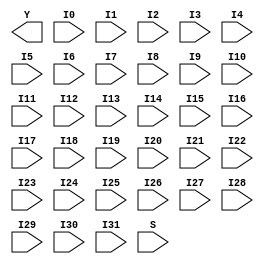
// Name: mux.v
// Module: 
// Input: 
// Output: 
//
// Notes: Common definitions
// 
//
// Revision History:
//
// Version	Date		Who		email			note
//------------------------------------------------------------------------------------------
//  1.0     Sep 02, 2014	Kaushik Patra	kpatra@sjsu.edu		Initial creation
//------------------------------------------------------------------------------------------
//
// 32-bit mux
module MUX32_32x1(Y, I0, I1, I2, I3, I4, I5, I6, I7,
                     I8, I9, I10, I11, I12, I13, I14, I15,
                     I16, I17, I18, I19, I20, I21, I22, I23,
                     I24, I25, I26, I27, I28, I29, I30, I31, S);
// output list
output [31:0] Y;
//input list
input [31:0] I0, I1, I2, I3, I4, I5, I6, I7;
input [31:0] I8, I9, I10, I11, I12, I13, I14, I15;
input [31:0] I16, I17, I18, I19, I20, I21, I22, I23;
input [31:0] I24, I25, I26, I27, I28, I29, I30, I31;
input [4:0] S;

// TBD

endmodule

// 32-bit 16x1 mux
module MUX32_16x1(Y, I0, I1, I2, I3, I4, I5, I6, I7,
                     I8, I9, I10, I11, I12, I13, I14, I15, S);
// output list
output [31:0] Y;
//input list
input [31:0] I0;
input [31:0] I1;
input [31:0] I2;
input [31:0] I3;
input [31:0] I4;
input [31:0] I5;
input [31:0] I6;
input [31:0] I7;
input [31:0] I8;
input [31:0] I9;
input [31:0] I10;
input [31:0] I11;
input [31:0] I12;
input [31:0] I13;
input [31:0] I14;
input [31:0] I15;
input [3:0] S;

// TBD

endmodule

// 32-bit 8x1 mux
module MUX32_8x1(Y, I0, I1, I2, I3, I4, I5, I6, I7, S);
// output list
output [31:0] Y;
//input list
input [31:0] I0;
input [31:0] I1;
input [31:0] I2;
input [31:0] I3;
input [31:0] I4;
input [31:0] I5;
input [31:0] I6;
input [31:0] I7;
input [2:0] S;

// TBD

endmodule

// 32-bit 4x1 mux
module MUX32_4x1(Y, I0, I1, I2, I3, S);
// output list
output [31:0] Y;
//input list
input [31:0] I0;
input [31:0] I1;
input [31:0] I2;
input [31:0] I3;
input [1:0] S;

// TBD

endmodule

// 32-bit mux
module MUX32_2x1(Y, I0, I1, S);
// output list
output [31:0] Y;
//input list
input [31:0] I0;
input [31:0] I1;
input S;

// TBD

endmodule

// 1-bit mux
module MUX1_2x1(Y,I0, I1, S);
//output list
output Y;
//input list
input I0, I1, S;

// TBD

endmodule